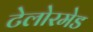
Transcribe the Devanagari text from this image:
टेलोरमेड